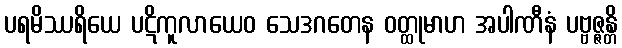
ပရမိဿရိယေ ပဋိကူလာယေဝ သေဒဂတေန ဝတ္ထုမာဟ အပါဏီနံ ပဗ္ဗဇ္ဇန္တိ